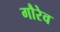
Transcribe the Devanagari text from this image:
गौरेव